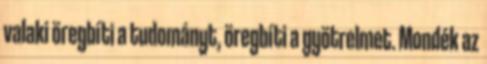
valaki öregbíti a tudományt, öregbíti a gyötrelmet. Mondék az